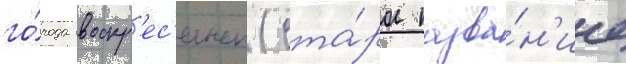
го́рода воскр'ес'енск (ста́рое назва́н'ие